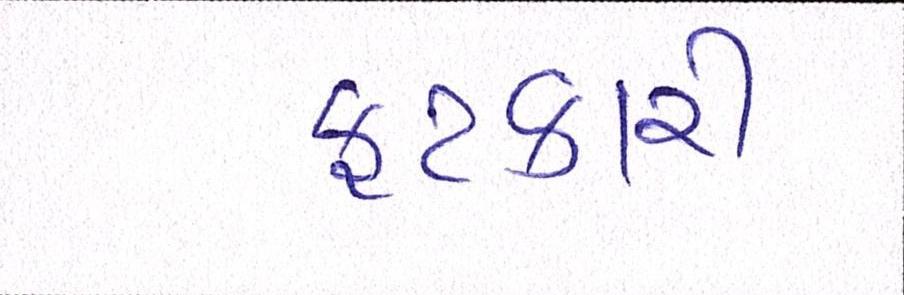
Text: ફટકારી